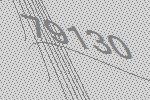
79130